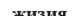
жизия